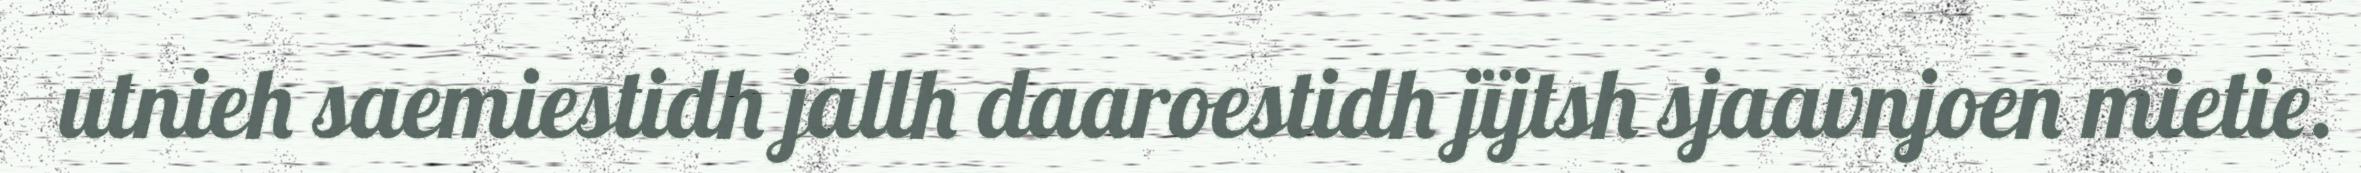
utnieh saemiestidh jallh daaroestidh jïjtsh sjaavnjoen mietie.